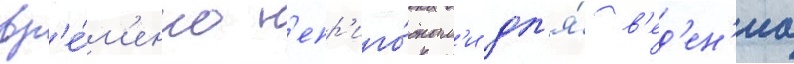
вр'е́м'енно н'епр'иго́дным'и дл'я́ в'ед'ен'иа